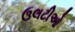
ઉલટીઓ